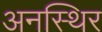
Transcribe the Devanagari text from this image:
अनस्थिर